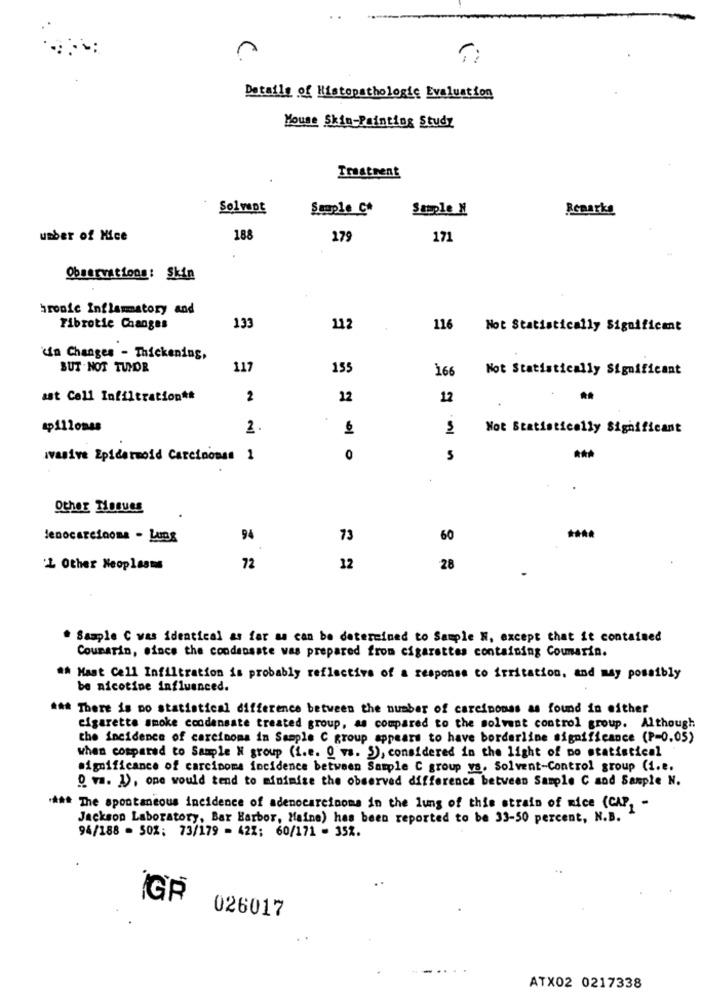
Details of Histopathologic Evaluation
Mouse Skin-Painting Study
Treatment
Solwant
Sample_C*
Sample N
Remarks
unber of Mice
188
179
171
Observations: Skin
bronie Inflammatory and
Fibrotie Changes
133
112
116
Not Statistically Significant
"in Changes - Thickening,
BUT NOT TUMOR
117
155
166
Not Statistically Significant
ast Cell Infiltration##
2
12
12
tp11lonas
2
Not Statistically Significant
Wasive Epidermoid Carcinoma 1
0
Other Tissues
Jenocarcinoma - Lung
94
73
60
'L Other Neoplasms
72
12
28
. Sample C was identical as far as can be determined to Sample N, except that it contained
Coumarin, since the condensate was prepared from cigarettes containing Coumarin.
## Mast Cell Infiltration is probably reflective of a response to irritation, and may possibly
be nicotine influenced.
### There is no statistical difference between the number of carcinomas as found in either
cigarette smoke condensate treated group, as compared to the solvent control group. Although
the incidence of carcinoma in Sample C group appears to have borderline significance (P=0.05)
when compared to Sample N group (i.e. O vs. 5), considered in the light of no statistical
significance of carcinome incidence between Sample C group ys. Solvent-Control group (1.e.
0. va. A), one would tend to minimize the observed difference between Sample C and Sample N.
**** The spontaneous incidence of adenocarcinoma in the lung of this strain of mice (CAP, -
Jackson Laboratory, Bar Harbor, Maine) has been reported to be 33-50 percent, N.B.
94/188 - 502; 73/179 - 422; 60/171 - 352.
GR
026017
ATX02 0217338